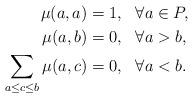
LaTeX: \begin{align*}\mu(a,a) & = 1, \ \ \forall a \in P, \\\mu(a,b) &= 0, \ \ \forall a > b, \\\sum_{a \leq c \leq b} \mu(a,c) &= 0, \ \ \forall a < b.\end{align*}